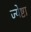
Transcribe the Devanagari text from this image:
ज्येष्टा